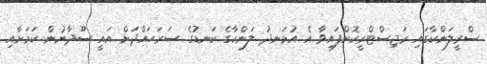
ސްރީލަންކާގައި ރަޖިސްޓްރީކޮށްފައިވާ އެ އުޅަނދު ލަންކާގެ ކަނޑުގެ ސަރަހައްދަށް އައީ ސޫދާނުން ކަމަށާއި